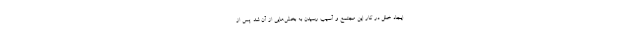
ایجاد خلل در کار این مجتمع و آسیب رسیدن به بخش‌هایی از آن شد. پس از